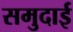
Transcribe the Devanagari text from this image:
समुदाई